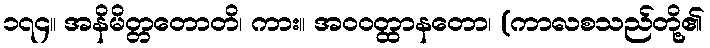
၁၇၄။ အနိမိတ္တတောတိ၊ ကား။ အဝဝတ္ထာနတော၊ (ကာလစသည်တို့၏